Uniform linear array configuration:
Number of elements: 32
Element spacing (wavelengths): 0.75
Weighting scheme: binomial
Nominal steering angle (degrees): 15
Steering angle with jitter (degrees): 14.684
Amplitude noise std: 0.05
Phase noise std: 0.05

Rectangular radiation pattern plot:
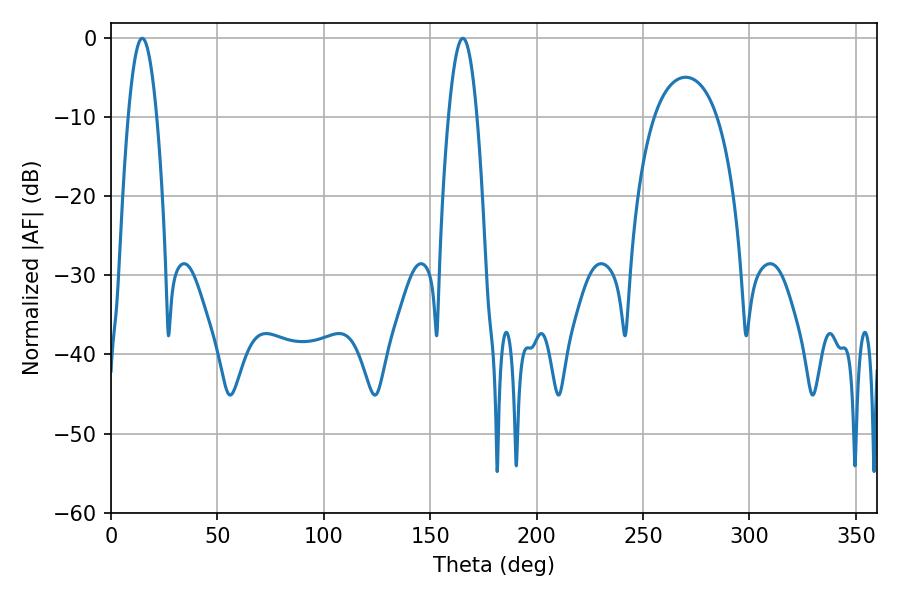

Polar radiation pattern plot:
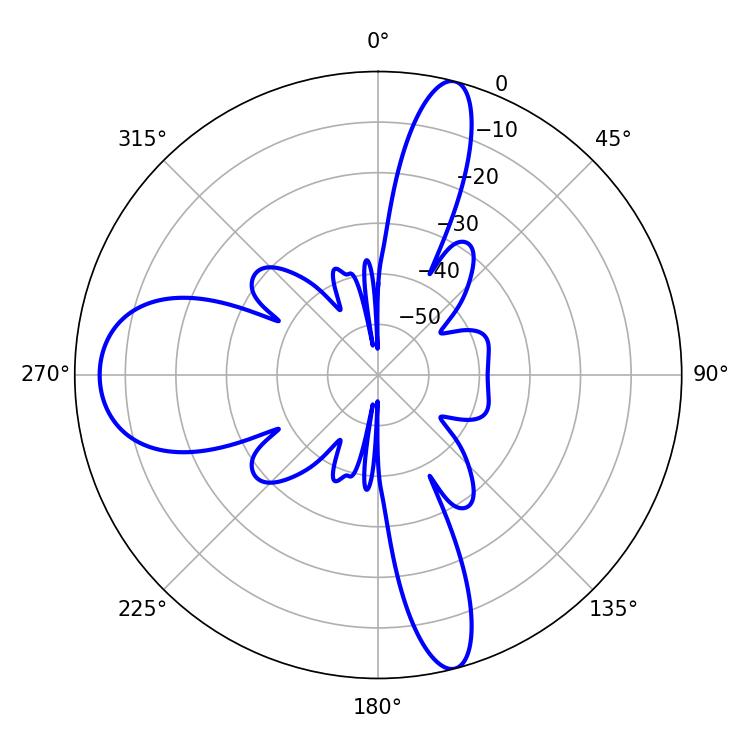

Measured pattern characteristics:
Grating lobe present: TRUE
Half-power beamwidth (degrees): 7.38
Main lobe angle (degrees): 14.58